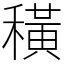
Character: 穔